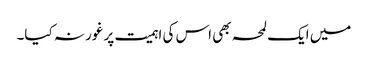
میں ایک لمحہ بھی اس کی اہمیت پر غور نہ کیا۔